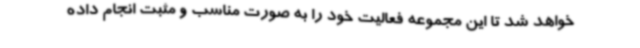
خواهد شد تا این مجموعه فعالیت خود را به صورت مناسب و مثبت انجام داده